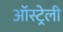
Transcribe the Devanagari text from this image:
ऑस्ट्रेली